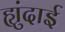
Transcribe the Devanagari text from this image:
ह्युंदाई